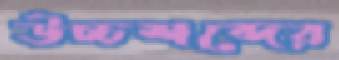
উচ্চশব্দের